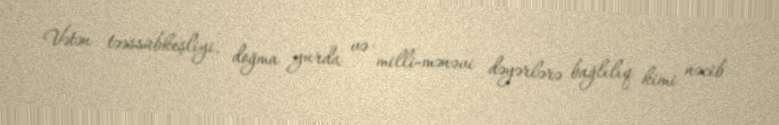
Vətən təəssübkeşliyi, doğma yurda və milli-mənəvi dəyərlərə bağlılıq kimi nəcib